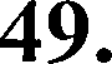
49.